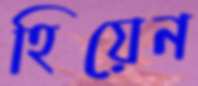
হিয়েন